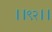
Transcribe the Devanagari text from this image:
।।९२।।